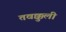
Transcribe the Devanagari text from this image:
तवक्कुली